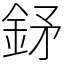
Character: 𨥨